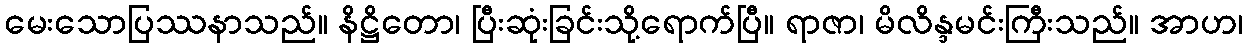
မေးသောပြဿနာသည်။ နိဋ္ဌိတော၊ ပြီးဆုံးခြင်းသို့ရောက်ပြီ။ ရာဇာ၊ မိလိန္ဒမင်းကြီးသည်။ အာဟ၊